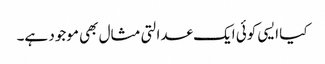
کیا ایسی کوئی ایک عدالتی مثال بھی موجود ہے۔